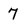
Character: 7